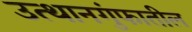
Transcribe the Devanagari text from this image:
उत्थानगुंफातील